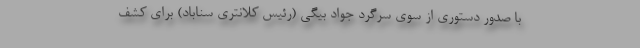
با صدور دستوری از سوی سرگرد جواد بیگی (رئیس کلانتری سناباد) برای کشف